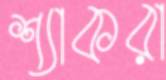
শ্যাকরা